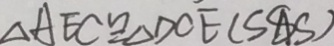
\Delta A E C \cong \Delta D O E ( S A S )